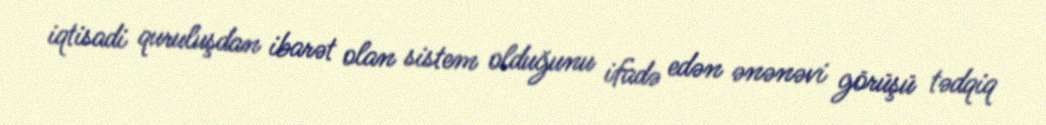
iqtisadi quruluşdan ibarət olan sistem olduğunu ifadə edən ənənəvi görüşü tədqiq